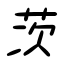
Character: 茨